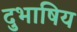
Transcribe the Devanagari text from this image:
दुभाषिय